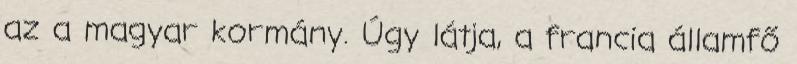
az a magyar kormány. Úgy látja, a francia államfő